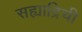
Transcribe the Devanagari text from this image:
सह्याद्रिची